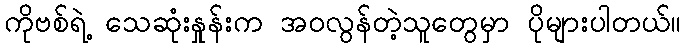
ကိုဗစ်ရဲ့ သေဆုံးနှုန်းက အဝလွန်တဲ့သူတွေမှာ ပိုများပါတယ်။